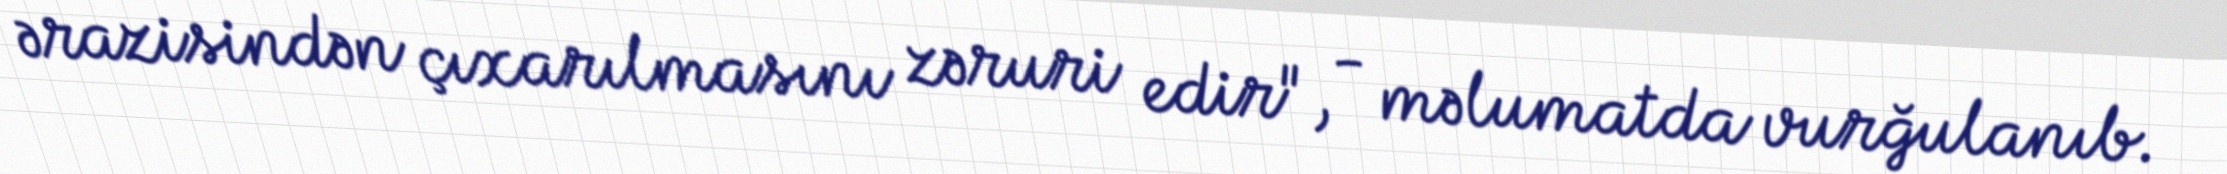
ərazisindən çıxarılmasını zəruri edir", - məlumatda vurğulanıb.